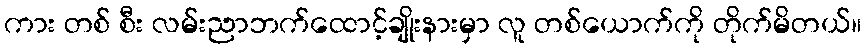
ကား တစ် စီး လမ်းညာဘက်ထောင့်ချိုးနားမှာ လူ တစ်ယောက်ကို တိုက်မိတယ်။